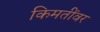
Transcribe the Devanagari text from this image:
किमतींवर